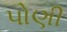
પોણી